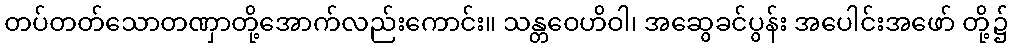
တပ်တတ်သောတဏှာတို့အောက်လည်းကောင်း။ သန္တဝေဟိဝါ၊ အဆွေခင်ပွန်း အပေါင်းအဖော် တို့၌